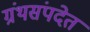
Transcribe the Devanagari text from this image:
ग्रंथसंपदेत